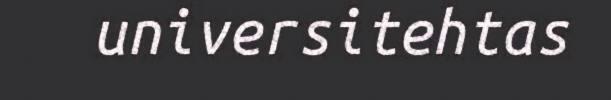
universitehtas